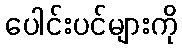
ပေါင်းပင်များကို